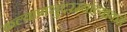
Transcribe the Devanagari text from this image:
कल्याणसुंदरम्यांच्याकडे